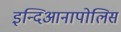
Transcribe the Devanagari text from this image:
इन्दिआनापोलिस